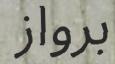
برواز